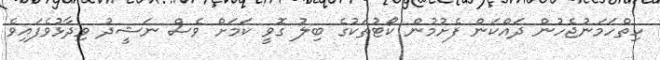
ހިތްހަމަނުޖެހުން ދައްކަން ފެށުމުން ކޯޓުތަކުގެ ބިލު ގޮވީ ކަމަށް ވެސް ނަޝީދު ވިދާޅުވެފައިވެ